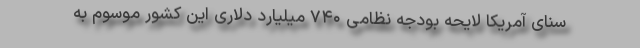
سنای آمریکا لایحه بودجه نظامی ۷۴۰ میلیارد دلاری این کشور موسوم به